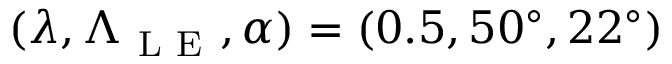
( \lambda , \Lambda _ { \mathrm { ~ L ~ E ~ } } , \alpha ) = ( 0 . 5 , 5 0 ^ { \circ } , 2 2 ^ { \circ } )